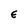
Character: E